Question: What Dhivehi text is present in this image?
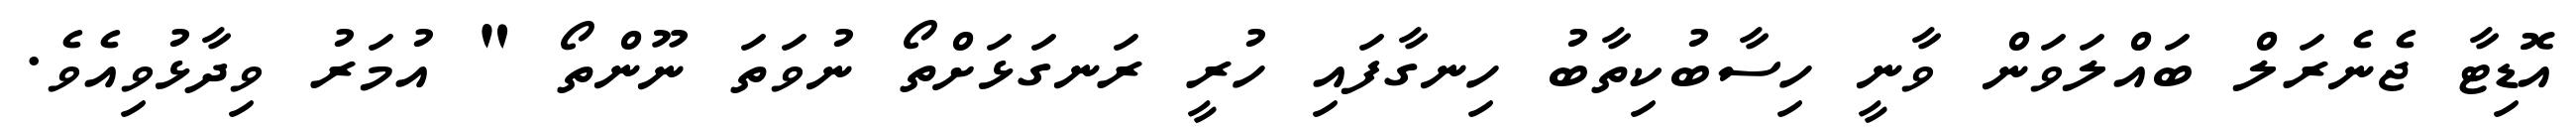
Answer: އޮޑިޓާ ޖެނެރަލް ބައްލަވަން ވާނީ ހިސާބުކިތާބު ހިނގާފައި ހުރީ ރަނގަޅަށްތޯ ނުވަތަ ނޫންތޯ " އުމަރު ވިދާޅުވިއެވެ.